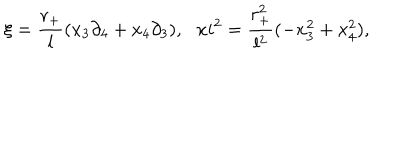
\xi = \frac { r _ { + } } { l } ( x _ { 3 } \partial _ { 4 } + x _ { 4 } \partial _ { 3 } ) , \ \ \, x i ^ { 2 } = \frac { r _ { + } ^ { 2 } } { l ^ { 2 } } ( - x _ { 3 } ^ { 2 } + x _ { 4 } ^ { 2 } ) ,